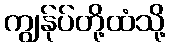
ကျွန်ုပ်တို့ထံသို့